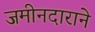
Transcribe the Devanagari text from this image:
जमीनदाराने